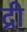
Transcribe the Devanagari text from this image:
द्री